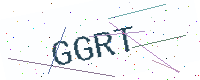
Text: GGRT